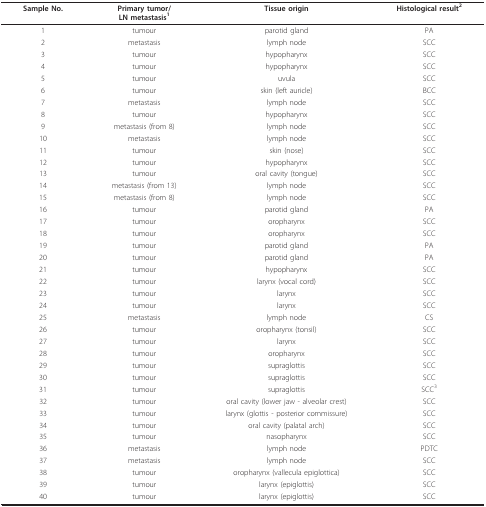
<table><thead><tr><td><b>Sample No.</b></td><td><b>Primary tumor/LN metastasis<sup>1</sup></b></td><td><b>Tissue origin</b></td><td><b>Histological result<sup>2</sup></b></td></tr></thead><tbody><tr><td>1</td><td>tumour</td><td>parotid gland</td><td>PA</td></tr><tr><td>2</td><td>metastasis</td><td>lymph node</td><td>SCC</td></tr><tr><td>3</td><td>tumour</td><td>hypopharynx</td><td>SCC</td></tr><tr><td>4</td><td>tumour</td><td>hypopharynx</td><td>SCC</td></tr><tr><td>5</td><td>tumour</td><td>uvula</td><td>SCC</td></tr><tr><td>6</td><td>tumour</td><td>skin (left auricle)</td><td>BCC</td></tr><tr><td>7</td><td>metastasis</td><td>lymph node</td><td>SCC</td></tr><tr><td>8</td><td>tumour</td><td>hypopharynx</td><td>SCC</td></tr><tr><td>9</td><td>metastasis (from 8)</td><td>lymph node</td><td>SCC</td></tr><tr><td>10</td><td>metastasis</td><td>lymph node</td><td>SCC</td></tr><tr><td>11</td><td>tumour</td><td>skin (nose)</td><td>SCC</td></tr><tr><td>12</td><td>tumour</td><td>hypopharynx</td><td>SCC</td></tr><tr><td>13</td><td>tumour</td><td>oral cavity (tongue)</td><td>SCC</td></tr><tr><td>14</td><td>metastasis (from 13)</td><td>lymph node</td><td>SCC</td></tr><tr><td>15</td><td>metastasis (from 8)</td><td>lymph node</td><td>SCC</td></tr><tr><td>16</td><td>tumour</td><td>parotid gland</td><td>PA</td></tr><tr><td>17</td><td>tumour</td><td>oropharynx</td><td>SCC</td></tr><tr><td>18</td><td>tumour</td><td>oropharynx</td><td>SCC</td></tr><tr><td>19</td><td>tumour</td><td>parotid gland</td><td>PA</td></tr><tr><td>20</td><td>tumour</td><td>parotid gland</td><td>PA</td></tr><tr><td>21</td><td>tumour</td><td>hypopharynx</td><td>SCC</td></tr><tr><td>22</td><td>tumour</td><td>larynx (vocal cord)</td><td>SCC</td></tr><tr><td>23</td><td>tumour</td><td>larynx</td><td>SCC</td></tr><tr><td>24</td><td>tumour</td><td>larynx</td><td>SCC</td></tr><tr><td>25</td><td>metastasis</td><td>lymph node</td><td>CS</td></tr><tr><td>26</td><td>tumour</td><td>oropharynx (tonsil)</td><td>SCC</td></tr><tr><td>27</td><td>tumour</td><td>larynx</td><td>SCC</td></tr><tr><td>28</td><td>tumour</td><td>oropharynx</td><td>SCC</td></tr><tr><td>29</td><td>tumour</td><td>supraglottis</td><td>SCC</td></tr><tr><td>30</td><td>tumour</td><td>supraglottis</td><td>SCC</td></tr><tr><td>31</td><td>tumour</td><td>supraglottis</td><td>SCC<sup>3</sup></td></tr><tr><td>32</td><td>tumour</td><td>oral cavity (lower jaw - alveolar crest)</td><td>SCC</td></tr><tr><td>33</td><td>tumour</td><td>larynx (glottis - posterior commissure)</td><td>SCC</td></tr><tr><td>34</td><td>tumour</td><td>oral cavity (palatal arch)</td><td>SCC</td></tr><tr><td>35</td><td>tumour</td><td>nasopharynx</td><td>SCC</td></tr><tr><td>36</td><td>metastasis</td><td>lymph node</td><td>PDTC</td></tr><tr><td>37</td><td>metastasis</td><td>lymph node</td><td>SCC</td></tr><tr><td>38</td><td>tumour</td><td>oropharynx (vallecula epiglottica)</td><td>SCC</td></tr><tr><td>39</td><td>tumour</td><td>larynx (epiglottis)</td><td>SCC</td></tr><tr><td>40</td><td>tumour</td><td>larynx (epiglottis)</td><td>SCC</td></tr></tbody></table>